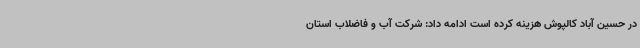
در حسین آباد کالپوش هزینه کرده است ادامه داد: شرکت آب و فاضلاب استان